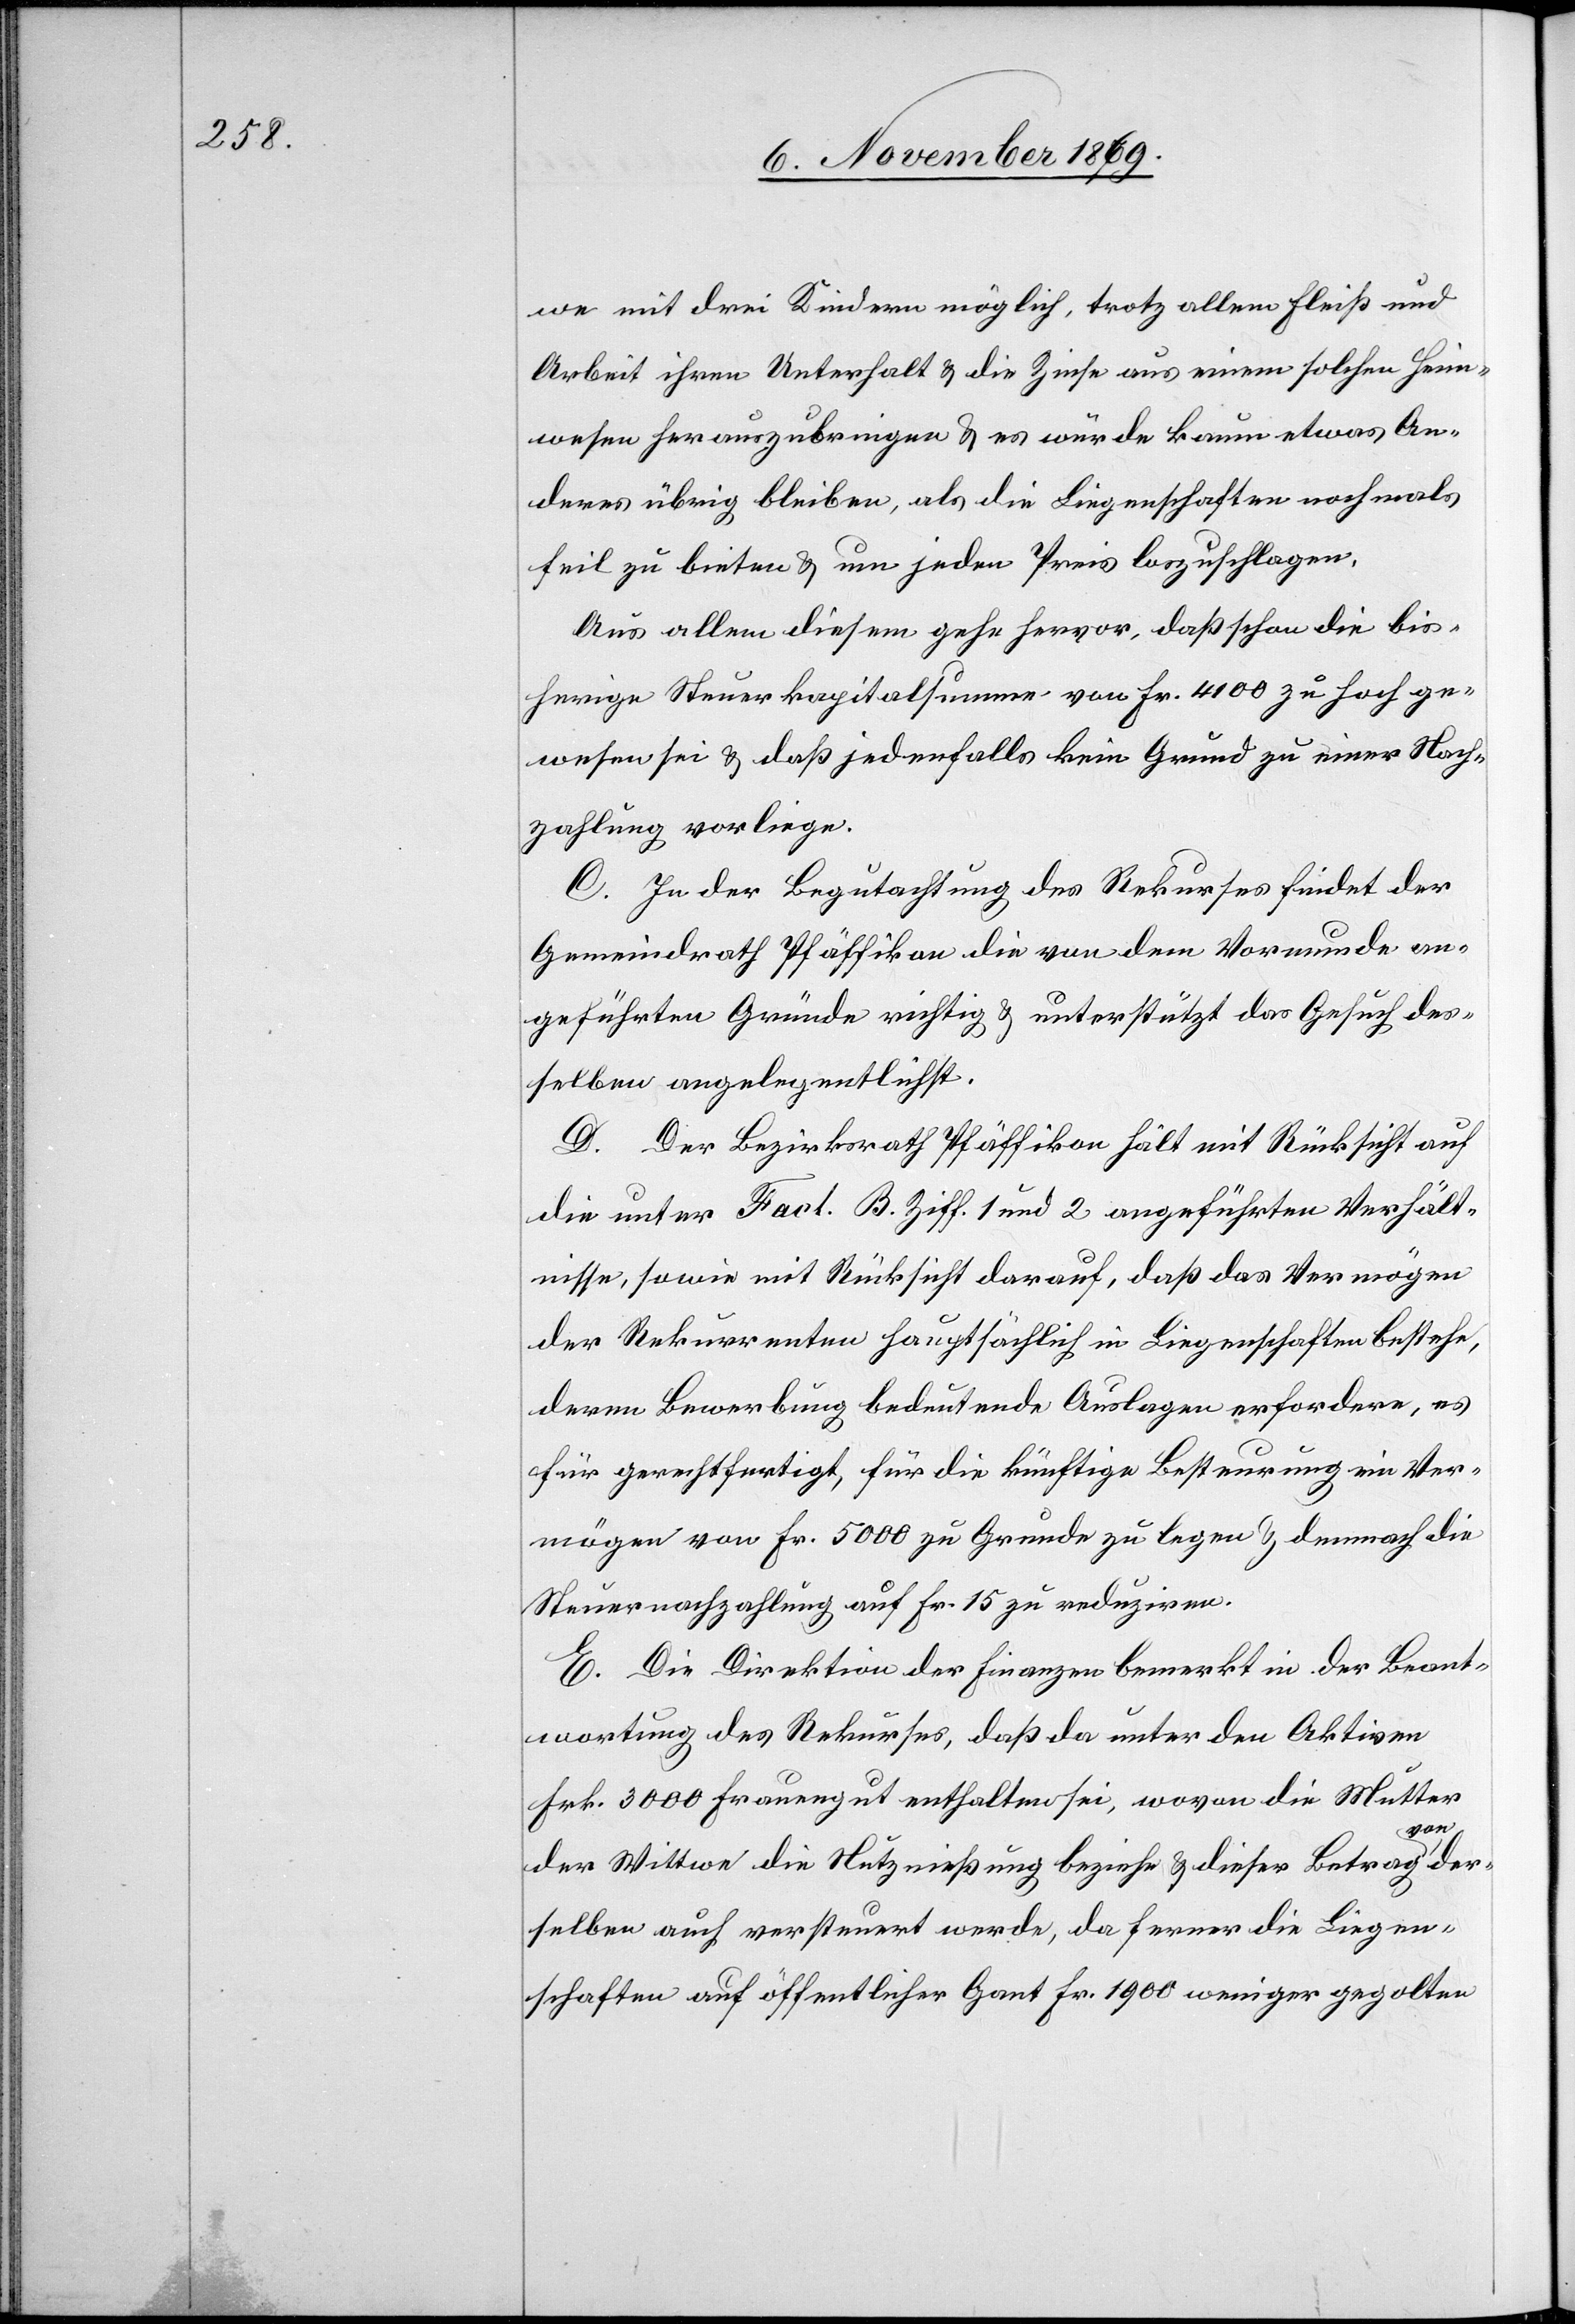
we mit drei Kindern möglich, trotz allem Fleiß und
Arbeit ihren Unterhalt & die Zinse aus einem solchen Heim¬
wesen herauszubringen & es würde kaum etwas An¬
deres übrig bleiben, als die Liegenschaften nochmals
feil zu bieten & um jeden Preis loszuschlagen.
Aus allem diesem gehe hervor, daß schon die bis¬
herige Steuerkapitalsumme von Fr. 4100 zu hoch ge¬
wesen sei & daß jedenfalls kein Grund zu einer Nach¬
zahlung vorliege.
C. In der Begutachtung des Rekurses findet der
Gemeindrath Pfäffikon die von dem Vormunde an¬
geführten Gründe richtig & unterstützt das Gesuch des¬
selben angelegentlichst.
D. Der Bezirksrath Pfäffikon hält mit Rücksicht auf
die unter Fact. B. Ziff. 1 und 2 angeführten Verhält¬
nisse, sowie mit Rücksicht darauf, daß das Vermögen
der Rekurrenten hauptsächlich in Liegenschaften bestehe,
deren Bewerbung bedeutende Auslagen erfordere, es
für gerechtfertigt, für die künftige Besteurung ein Ver¬
mögen von Fr. 5000 zu Grunde zu legen & demnach die
Steuernachzahlung auf Fr. 15 zu reduziren.
E. Die Direktion der Finanzen bemerkt in der Beant¬
wortung des Rekurses, daß da unter den Aktiven
Frk. 3000 Frauengut enthalten sei, wovon die Mutter
der Wittwe die Nutznießung beziehe & dieser Betrag von der¬
selben auch versteuert werde, da ferner die Liegen¬
schaften auf öffentlicher Gant Fr. 1900 weniger gegolten